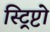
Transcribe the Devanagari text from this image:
स्ट्रिप्टो